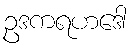
ဥဒကရဟဒေါ